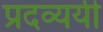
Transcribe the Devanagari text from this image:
प्रदव्ययी